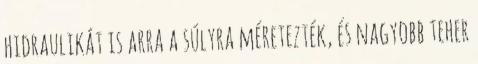
hidraulikát is arra a súlyra méretezték, és nagyobb teher